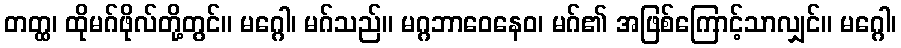
တတ္ထ၊ ထိုမဂ်ဖိုလ်တို့တွင်။ မဂ္ဂေါ၊ မဂ်သည်။ မဂ္ဂဘာဝေနေဝ၊ မဂ်၏ အဖြစ်ကြောင့်သာလျှင်။ မဂ္ဂေါ၊